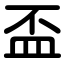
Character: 盃